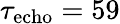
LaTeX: \tau_{\mathrm{echo}}=59